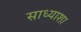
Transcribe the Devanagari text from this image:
साध्याशा